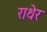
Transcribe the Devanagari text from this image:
राथेर